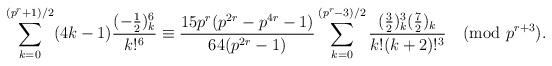
LaTeX: \begin{align*}\sum_{k=0}^{(p^r+1)/2}(4k-1)\frac{(-\frac{1}{2})_k^6}{k!^6} \equiv\frac{15p^r(p^{2r}-p^{4r}-1)}{64(p^{2r}-1)}\sum_{k=0}^{(p^r-3)/2}\frac{(\frac{3}{2})_k^3(\frac{7}{2})_k}{k!(k+2)!^3}\pmod{p^{r+3}}.\end{align*}